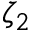
\zeta _ { 2 }